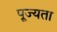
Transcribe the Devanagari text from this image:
पूज्यता